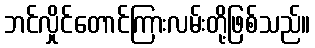
ဘင်လှိုင်တောင်ကြားလမ်းတို့ဖြစ်သည်။